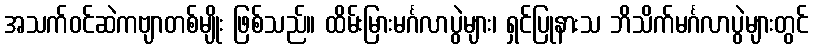
အသက်ဝင်ဆဲကဗျာတစ်မျိုး ဖြစ်သည်။ ထိမ်းမြားမင်္ဂလာပွဲများ၊ ရှင်ပြုနားသ ဘိသိက်မင်္ဂလာပွဲများတွင်